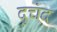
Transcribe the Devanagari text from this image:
दुचंद